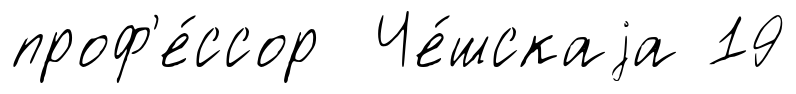
проф'е́ссор Че́шскаjа 19